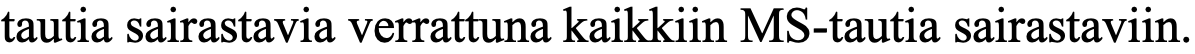
tautia sairastavia verrattuna kaikkiin MS-tautia sairastaviin.